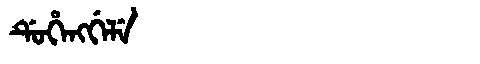
Manchu: ᡩᡠᡥᡝᠩᡤᡝᠯᡝ
Romanization: DUHENGGELE